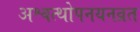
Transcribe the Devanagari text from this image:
अश्वत्थोपनयनव्रत